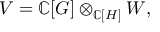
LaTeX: V = \mathbb { C } [ G ] \otimes _ { \mathbb { C } [ H ] } W ,